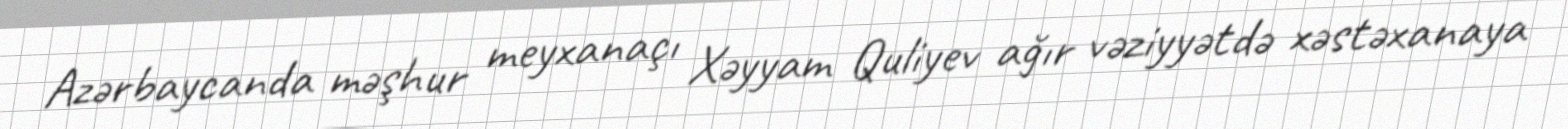
Azərbaycanda məşhur meyxanaçı Xəyyam Quliyev ağır vəziyyətdə xəstəxanaya